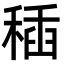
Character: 䅤